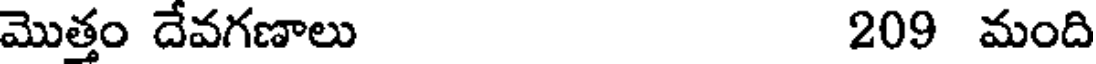
మొత్తం దేవగణాలు 209 మంది